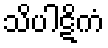
သိပါဋိကံ